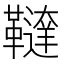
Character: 𩍠